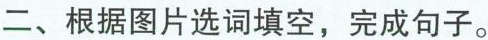
二、根据图片选词填空，完成句子。